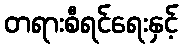
တရားစီရင်ရေးနှင့်